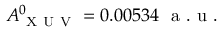
A _ { \mathrm { ~ X ~ U ~ V ~ } } ^ { 0 } = 0 . 0 0 5 3 4 ~ \mathrm { ~ a ~ . ~ u ~ . ~ }